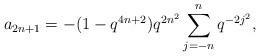
LaTeX: \begin{align*} a_{2n+1} = -(1-q^{4n+2})q^{2n^2}\sum_{j=-n}^{n} q^{-2j^2},\end{align*}